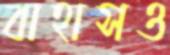
বাহাসও